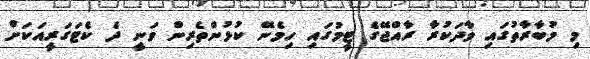
މި މުބާރާތުގައި ވާދަކުރާ ރާއްޖޭގެ ޓީމުގައި ހިމެނޭ ކުޅުންތެރިން ވަނީ ދެ ކެޓަގަރީއަކަށް